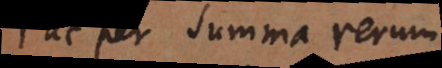
ac per summa rerum